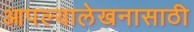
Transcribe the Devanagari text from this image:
आपल्यालेखनासाठी